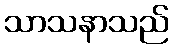
သာသနာသည်